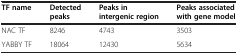
<table><thead><tr><td><b>TF name</b></td><td><b>Detected peaks</b></td><td><b>Peaks in intergenic region</b></td><td><b>Peaks associated with gene model</b></td></tr></thead><tbody><tr><td>NAC TF</td><td>8246</td><td>4743</td><td>3503</td></tr><tr><td>YABBY TF</td><td>18064</td><td>12430</td><td>5634</td></tr></tbody></table>